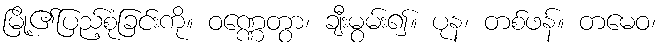
မြို့၏ပြည့်စုံခြင်းကို။ ဝဏ္ဏေတွာ၊ ချီးမွမ်း၍။ ပုန၊ တစ်ဖန်။ တမေဝ၊